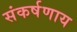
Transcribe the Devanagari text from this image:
संकर्षणाय